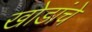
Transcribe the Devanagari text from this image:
खोडांचे